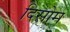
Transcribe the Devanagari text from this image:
दिसोम